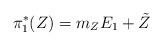
LaTeX: \begin{align*}\pi_1^*(Z) = m_ZE_1+\tilde{Z}\end{align*}